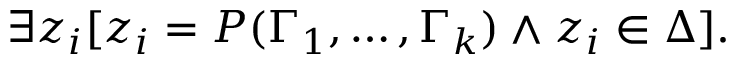
\exists z _ { i } [ z _ { i } = P ( \Gamma _ { 1 } , \dots , \Gamma _ { k } ) \land z _ { i } \in \Delta ] .